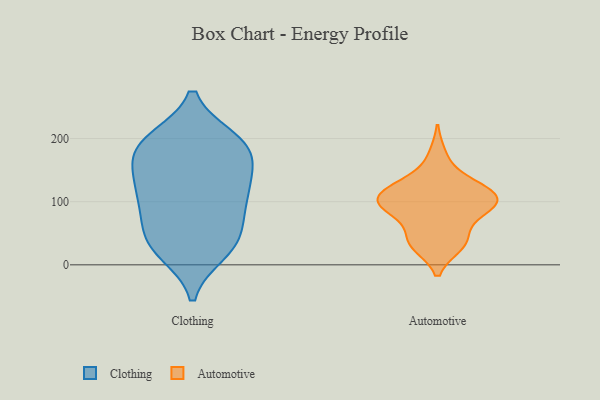
{"axis": {"x": "Backlog", "y": "Value"}, "legend": ["Automotive", "Clothing"], "data": [{"x": "", "y": 34, "type": "Clothing"}, {"x": "", "y": 199, "type": "Clothing"}, {"x": "", "y": 99, "type": "Clothing"}, {"x": "", "y": 195, "type": "Clothing"}, {"x": "", "y": 112, "type": "Clothing"}, {"x": "", "y": 20, "type": "Clothing"}, {"x": "", "y": 117, "type": "Clothing"}, {"x": "", "y": 19, "type": "Clothing"}, {"x": "", "y": 141, "type": "Clothing"}, {"x": "", "y": 73, "type": "Clothing"}, {"x": "", "y": 40, "type": "Clothing"}, {"x": "", "y": 198, "type": "Clothing"}, {"x": "", "y": 154, "type": "Clothing"}, {"x": "", "y": 180, "type": "Clothing"}, {"x": "", "y": 87, "type": "Clothing"}, {"x": "", "y": 171, "type": "Clothing"}, {"x": "", "y": 193, "type": "Clothing"}, {"x": "", "y": 49, "type": "Clothing"}, {"x": "", "y": 134, "type": "Clothing"}, {"x": "", "y": 111, "type": "Automotive"}, {"x": "", "y": 41, "type": "Automotive"}, {"x": "", "y": 92, "type": "Automotive"}, {"x": "", "y": 173, "type": "Automotive"}, {"x": "", "y": 129, "type": "Automotive"}, {"x": "", "y": 79, "type": "Automotive"}, {"x": "", "y": 99, "type": "Automotive"}, {"x": "", "y": 31, "type": "Automotive"}, {"x": "", "y": 86, "type": "Automotive"}, {"x": "", "y": 34, "type": "Automotive"}, {"x": "", "y": 120, "type": "Automotive"}, {"x": "", "y": 107, "type": "Automotive"}, {"x": "", "y": 97, "type": "Automotive"}, {"x": "", "y": 37, "type": "Automotive"}, {"x": "", "y": 102, "type": "Automotive"}, {"x": "", "y": 129, "type": "Automotive"}]}